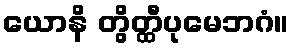
ယောနိ တွိတ္ထီပုမေဘဂံ။